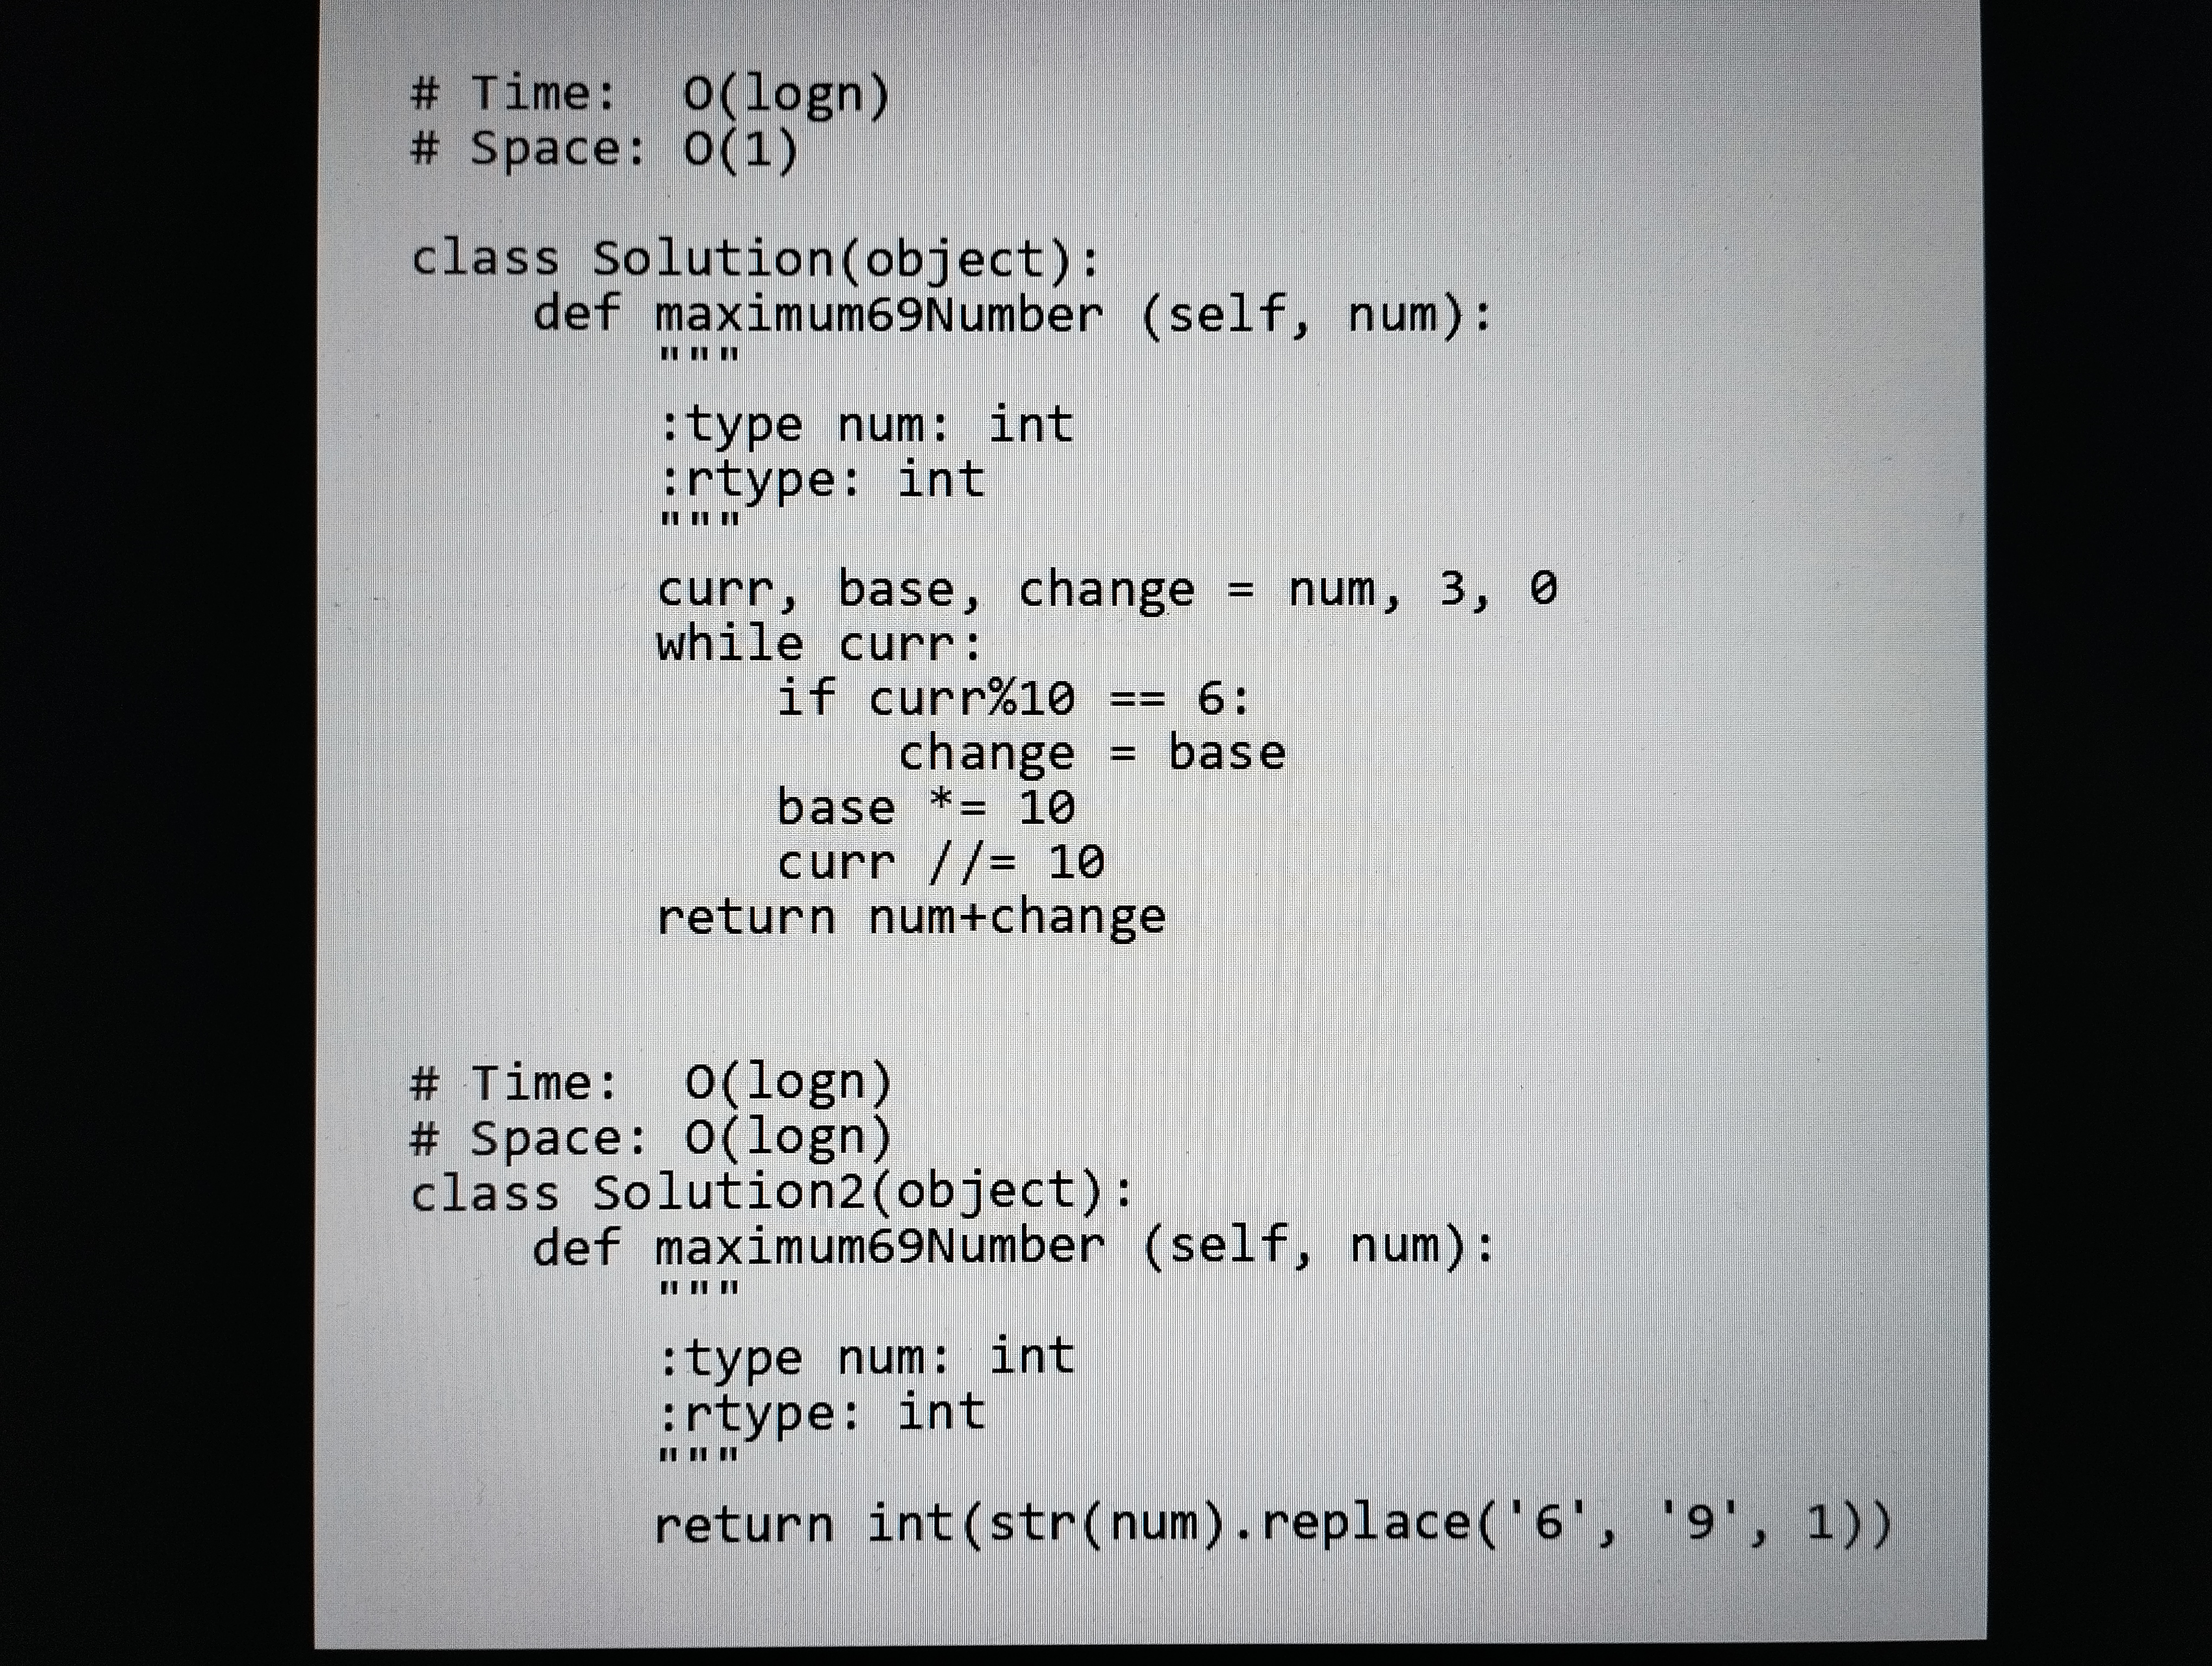
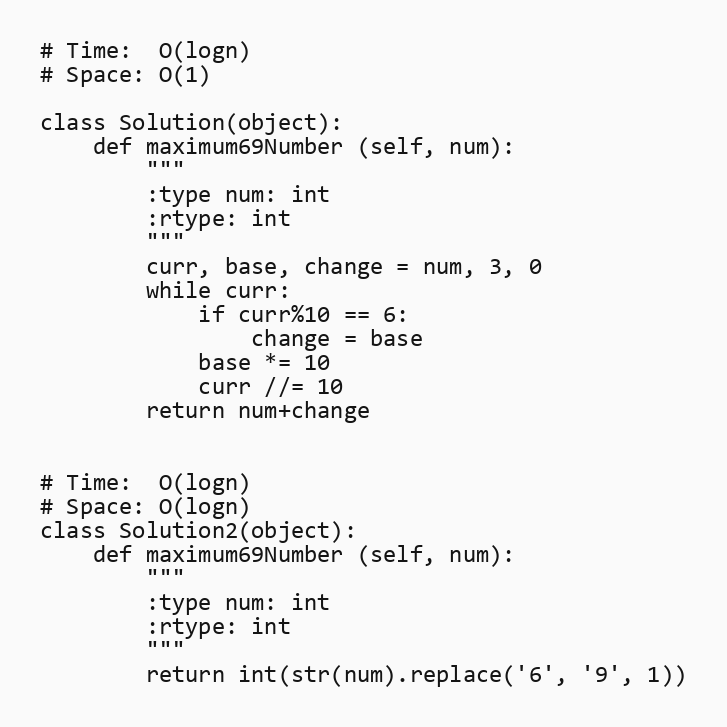
# Time:  O(logn)
# Space: O(1)

class Solution(object):
    def maximum69Number (self, num):
        """
        :type num: int
        :rtype: int
        """
        curr, base, change = num, 3, 0
        while curr:
            if curr%10 == 6:
                change = base
            base *= 10
            curr //= 10
        return num+change

# Time:  O(logn)
# Space: O(logn)
class Solution2(object):
    def maximum69Number (self, num):
        """
        :type num: int
        :rtype: int
        """
        return int(str(num).replace('6', '9', 1))